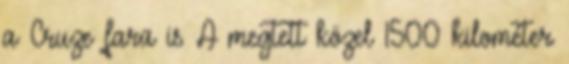
a Cruze fara is A megtett közel 1500 kilométer